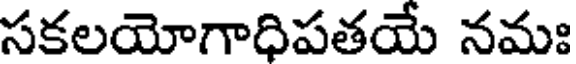
సకలయోగాధిపతయే నమః